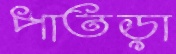
পাতড়া